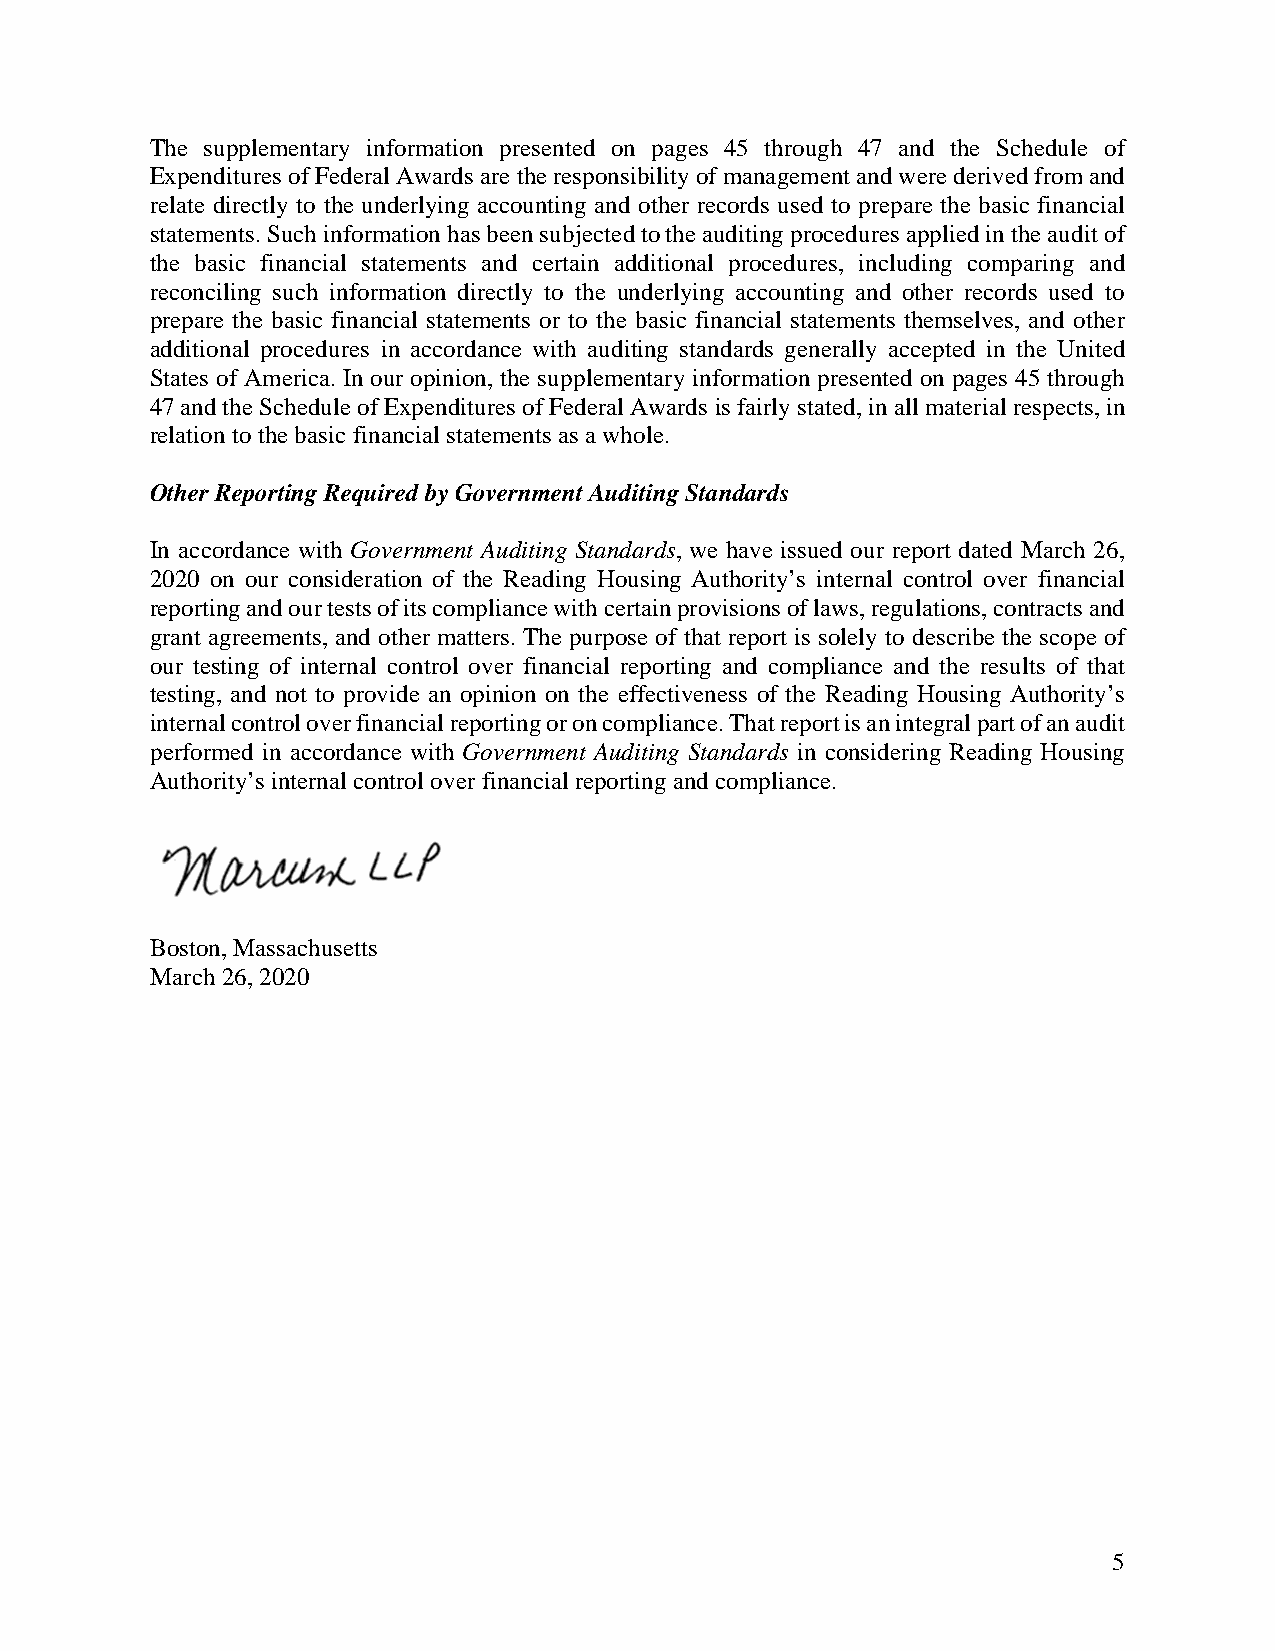
The supplementary information presented on pages 45 through 47 and the Schedule of
 Expenditures of Federal Awards are the responsibility of management and were derived from and
 relate directly to the underlying accounting and other records used to prepare the basic financial
 statements. Such information has been subjected to the auditing procedures applied in the audit of
 the basic financial statements and certain additional procedures, including comparing and
 reconciling such information directly to the underlying accounting and other records used to
 prepare the basic financial statements or to the basic financial statements themselves, and other
 additional procedures in accordance with auditing standards generally accepted in the United
 States of America. In our opinion, the supplementary information presented on pages 45 through
 47 and the Schedule of Expenditures of Federal Awards is fairly stated, in all material respects, in
 relation to the basic financial statements as a whole.
 Other Reporting Required by Government Auditing Standards
 In accordance with Government Auditing Standards, we have issued our report dated March 26,
 2020 on our consideration of the Reading Housing Authority’s internal control over financial
 reporting and our tests of its compliance with certain provisions of laws, regulations, contracts and
 grant agreements, and other matters. The purpose of that report is solely to describe the scope of
 our testing of internal control over financial reporting and compliance and the results of that
 testing, and not to provide an opinion on the effectiveness of the Reading Housing Authority’s
 internal control over financial reporting or on compliance. That report is an integral part of an audit
 performed in accordance with Government Auditing Standards in considering Reading Housing
 Authority’s internal control over financial reporting and compliance.
 Boston, Massachusetts
 March 26, 2020
 5